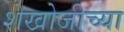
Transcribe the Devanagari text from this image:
शेखोजीच्या